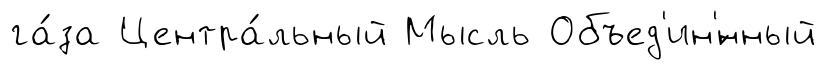
га́за Центра́льный Мысль Объед'ин'́нный